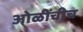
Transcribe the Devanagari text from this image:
ओळींचीच